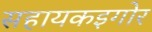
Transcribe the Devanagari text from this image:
सहायकइगोर